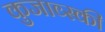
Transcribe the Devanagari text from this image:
कुजाव्स्की